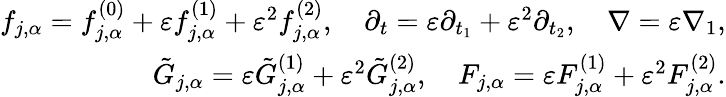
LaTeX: \begin{array}{r}{f_{j,\alpha}=f_{j,\alpha}^{(0)}+\varepsilon f_{j,\alpha}^{(1)}+\varepsilon^{2}f_{j,\alpha}^{(2)},\quad\partial_{t}=\varepsilon\partial_{t_{1}}+\varepsilon^{2}\partial_{t_{2}},\quad\nabla=\varepsilon\nabla_{1},}\\ {\tilde{G}_{j,\alpha}=\varepsilon\tilde{G}_{j,\alpha}^{(1)}+\varepsilon^{2}\tilde{G}_{j,\alpha}^{(2)},\quad F_{j,\alpha}=\varepsilon F_{j,\alpha}^{(1)}+\varepsilon^{2}F_{j,\alpha}^{(2)}.}\end{array}